Black-water fever - Number 35
Disease focus: Fever
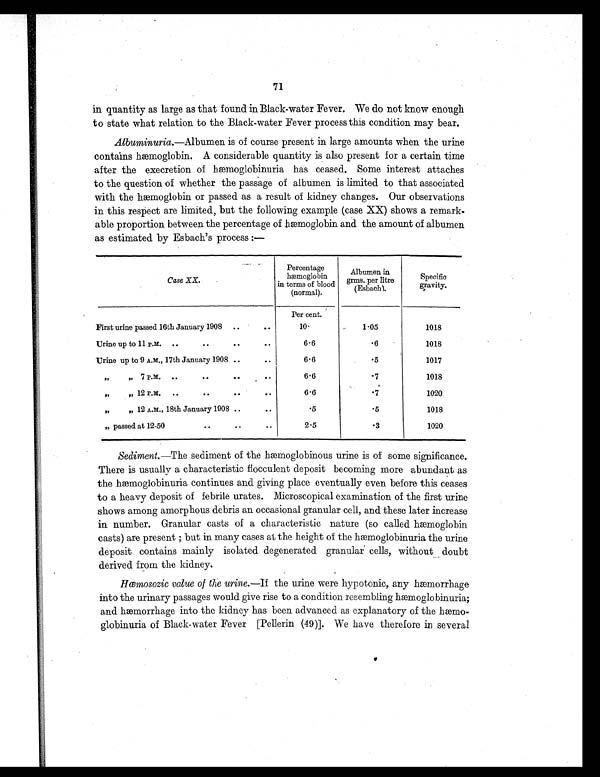
71
in quantity as large as that found in Black-water Fever. We do not know enough
to state what relation to the Black-water Fever process this condition may bear.
A l b u m i n u r i a . — A l b u m e n i s o f c o u r s e p r e s e n t i n l a r g e a m o u n t s w h e n t h e u r i n e
contains hæmoglobin. A considerable quantity is also present for a certain time
after the execretion of hæmoglobinuria has ceased. Some interest attaches
to the question of whether the passage of albumen is limited to that associated
with the hæmoglobin or passed as a result of kidney changes. Our observations
in this respect are limited, but the following example (case XX) shows a remark-
able proportion between the percentage of hæmoglobin and the amount of albumen
as estimated by Esbach's process :—
Case XX.
Percentage
h æ m o g l o b i n
in terms of blood
(normal).
Albumen in
grms. per litre
(Esbach).
Specific
g r a v i t y .
Per cent.
First urine passed 16th January 1908 ..
..
10.
1.05
1018
Urine up to 11 p.m. ..
. .
. .
. .
6.6
.6
1018
Urine up to 9 A.M., 17th January 1908 ..
. .
6.6
.5
1017
, ,
, , 7 P.m.
. .
. .
. .
. .
6.6
.7
1018
, ,
, , 12 P.M.
. .
. .
. .
. .
6.6
.7
1020
, ,
„ 12 A.M., 18th January 1908
. .
. .
.5
.5
1018
, , p a s s e d a t 1 2 - 5 0
. .
. .
. .
2.5
.3
1020
Sediment.—The sediment of the hæmoglobinous urine is of some significance.
There is usually a characteristic flocculent deposit becoming more abundant as
t h e h æ m o g l o b i n u r i a c o n t i n u e s a n d g i v i n g p l a c e e v e n t u a l l y e v e n b e f o r e t h i s c e a s e s
to a heavy deposit of febrile urates. Microscopical examination of the first urine
shows among amorphous debris an occasional granular cell, and these later increase
in number. Granular casts of a characteristic nature (so called hæmoglobin
casts) are present ; but in many cases at the height of the hæmoglobinuria the urine
deposit contains mainly isolated degenerated granular cells, without doubt
derived from the kidney.
Hœmosozic value of the urine.— I f t h e u r i n e w e r e h y p o t o n i c , a n y h æ m o r r h a g e
into the urinary passages would give rise to a condition resembling hæmoglobinuria;
and hæmorrhage into the kidney has been advanced as explanatory of the hæmo-
globinuria of Black-water Fever [Pellerin (49)]. We have therefore in several